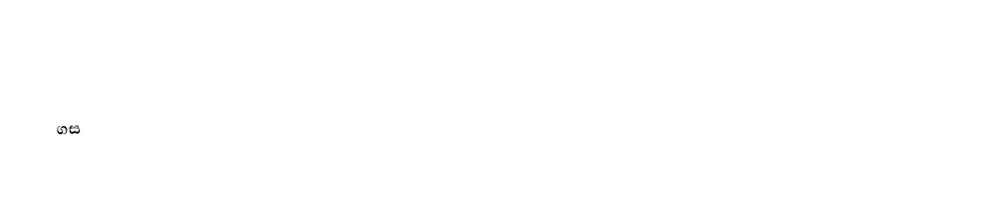
ගස